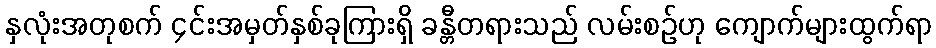
နှလုံးအတုစက် ၄င်းအမှတ်နှစ်ခုကြားရှိ ခန္တီတရားသည် လမ်းစဉ်ဟု ကျောက်များထွက်ရာ